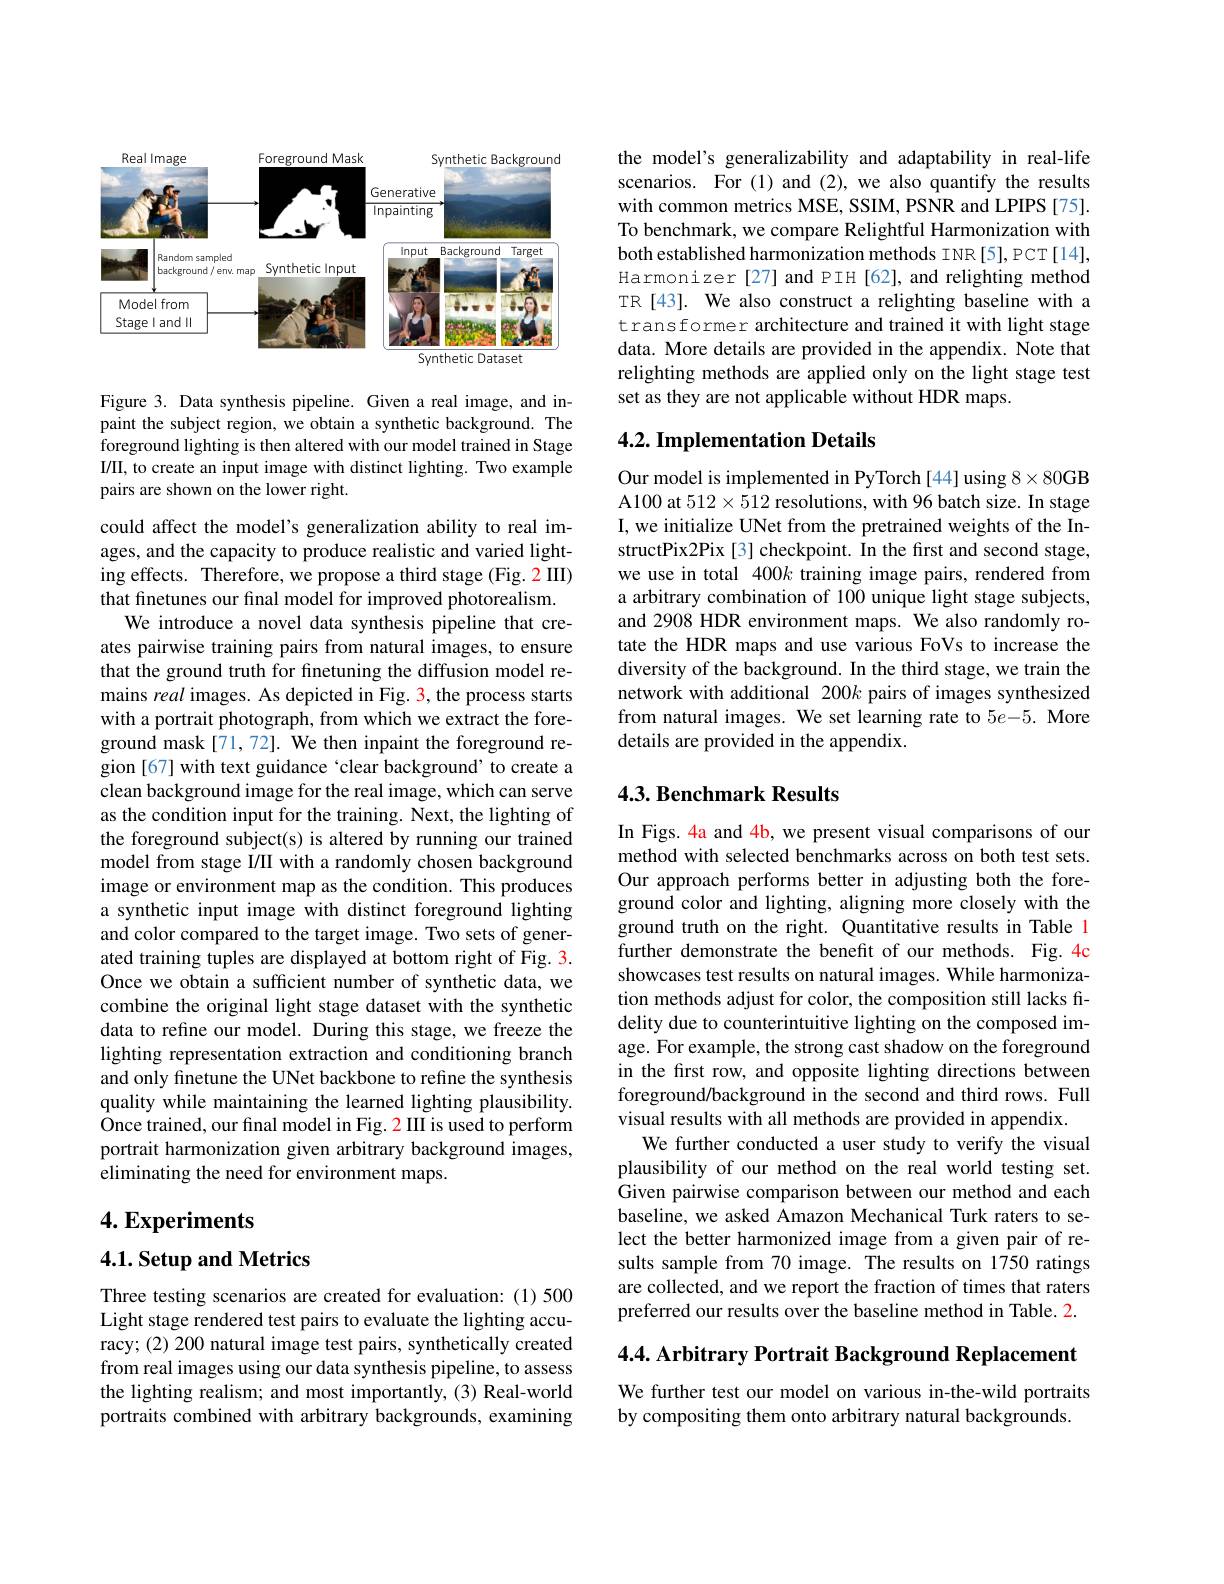
<FigureHere>

Figure 3. Data synthesis pipeline. Given a real image, and inpaint the subject region, we obtain a synthetic background. The foreground lighting is then altered with our model trained in Stage III, to create an input image with distinct lighting. Two example pairs are shown on the lower right.

could affect the model's generalization ability to real images, and the capacity to produce realistic and varied lighting effects. Therefore, we propose a third stage (Fig. 2 III) that finetunes our final model for improved photorealism.
We introduce a novel data synthesis pipeline that creates pairwise training pairs from natural images, to ensure that the ground truth for finetuning the diffusion model remains real images. As depicted in Fig. 3, the process starts with a portrait photograph, from which we extract the foreground mask[71,72]. We then inpaint the foreground region [67] with text guidance ‘clear background’to create a clean background image for the real image, which can serve as the condition input for the training. Next, the lighting of the foreground subject(s) is altered by running our trained model from stage I/II with a randomly chosen background image or environment map as the condition. This produces a synthetic input image with distinct foreground lighting and color compared to the target image. Two sets of generated training tuples are displayed at bottom right of Fig. 3. Once we obtain a sufficient number of synthetic data, we combine the original light stage dataset with the synthetic data to refine our model. During this stage, we freeze the lighting representation extraction and conditioning branch and only finetune the UNet backbone to refine the synthesis quality while maintaining the learned lighting plausibility. Once trained, our fınal model in Fig. 2 III is used to perform portrait harmonization given arbitrary background images, eliminating the need for environment maps.

$4. \textbf{Experiments}$

$4. 1. \textbf{Setup and Metrics}$

Three testing scenarios are created for evaluation: (1)500 Light stage rendered test pairs to evaluate the lighting accuracy; (2) 200 natural image test pairs, synthetically created from real images using our data synthesis pipeline, to assess the lighting realism; and most importantly, (3) Real-world portraits combined with arbitrary backgrounds, examining

the model's generalizability and adaptability in real-life scenarios. For (1) and (2), we also quantify the results with common metrics MSE, SSIM, PSNR and LPIPS [75]. To benchmark, we compare Relightful Harmonization with both established harmonization methods INR[5], PCT[14], Harmonizer[27] and PIH[62], and relighting method TR[43]. We also construct a relighting baseline with a transformer architecture and trained it with light stage data. More details are provided in the appendix. Note that relighting methods are applied only on the light stage test set as they are not applicable without HDR maps.

## 4.2. Implementation Details

Our model is implemented in PyTorch[44] using 8×80GB A100 at $512\times512$ resolutions, with 96 batch size. In stage I, we initialize UNet from the pretrained weights of the InstructPix2Pix[3]checkpoint. În the first and second stage, we use in total 400k training image pairs, rendered from a arbitrary combination of 100 unique light stage subjects, and 2908 HDR environment maps. We also randomly rotate the HDR maps and use various FoVs to increase the diversity of the background. In the third stage, we train the network with additional 200k pairs of images synthesized from natural images. We set learning rate to $5e-5.$ More details are provided in the appendix

### 4.3. Benchmark Results

In Figs. 4a and 4b, we present visual comparisons of our method with selected benchmarks across on both test sets. Our approach performs better in adjusting both the foreground color and lighting, aligning more closely with the ground truth on the right. Quantitative results in Table l further demonstrate the benefit of our methods. Fig. 4c showcases test results on natural images. While harmonization methods adjust for color, the composition still lacks fidelity due to counterintuitive lighting on the composed image. For example, the strong cast shadow on the foreground in the first row, and opposite lighting directions between foreground/background in the second and third rows. Full visual results with all methods are provided in appendix.
We further conducted a user study to verify the visual plausibility of our method on the real world testing set. Given pairwise comparison between our method and each baseline, we asked Amazon Mechanical Turk raters to select the better harmonized image from a given pair of results sample from 70 image. The results on 1750 ratings are collected, and we report the fraction of times that raters preferred our results over the baseline method in Table. 2.

4.4. Arbitrary Portrait Background Replacement

We further test our model on various in-the-wild portraits
by compositing them onto arbitrary natural backgrounds.